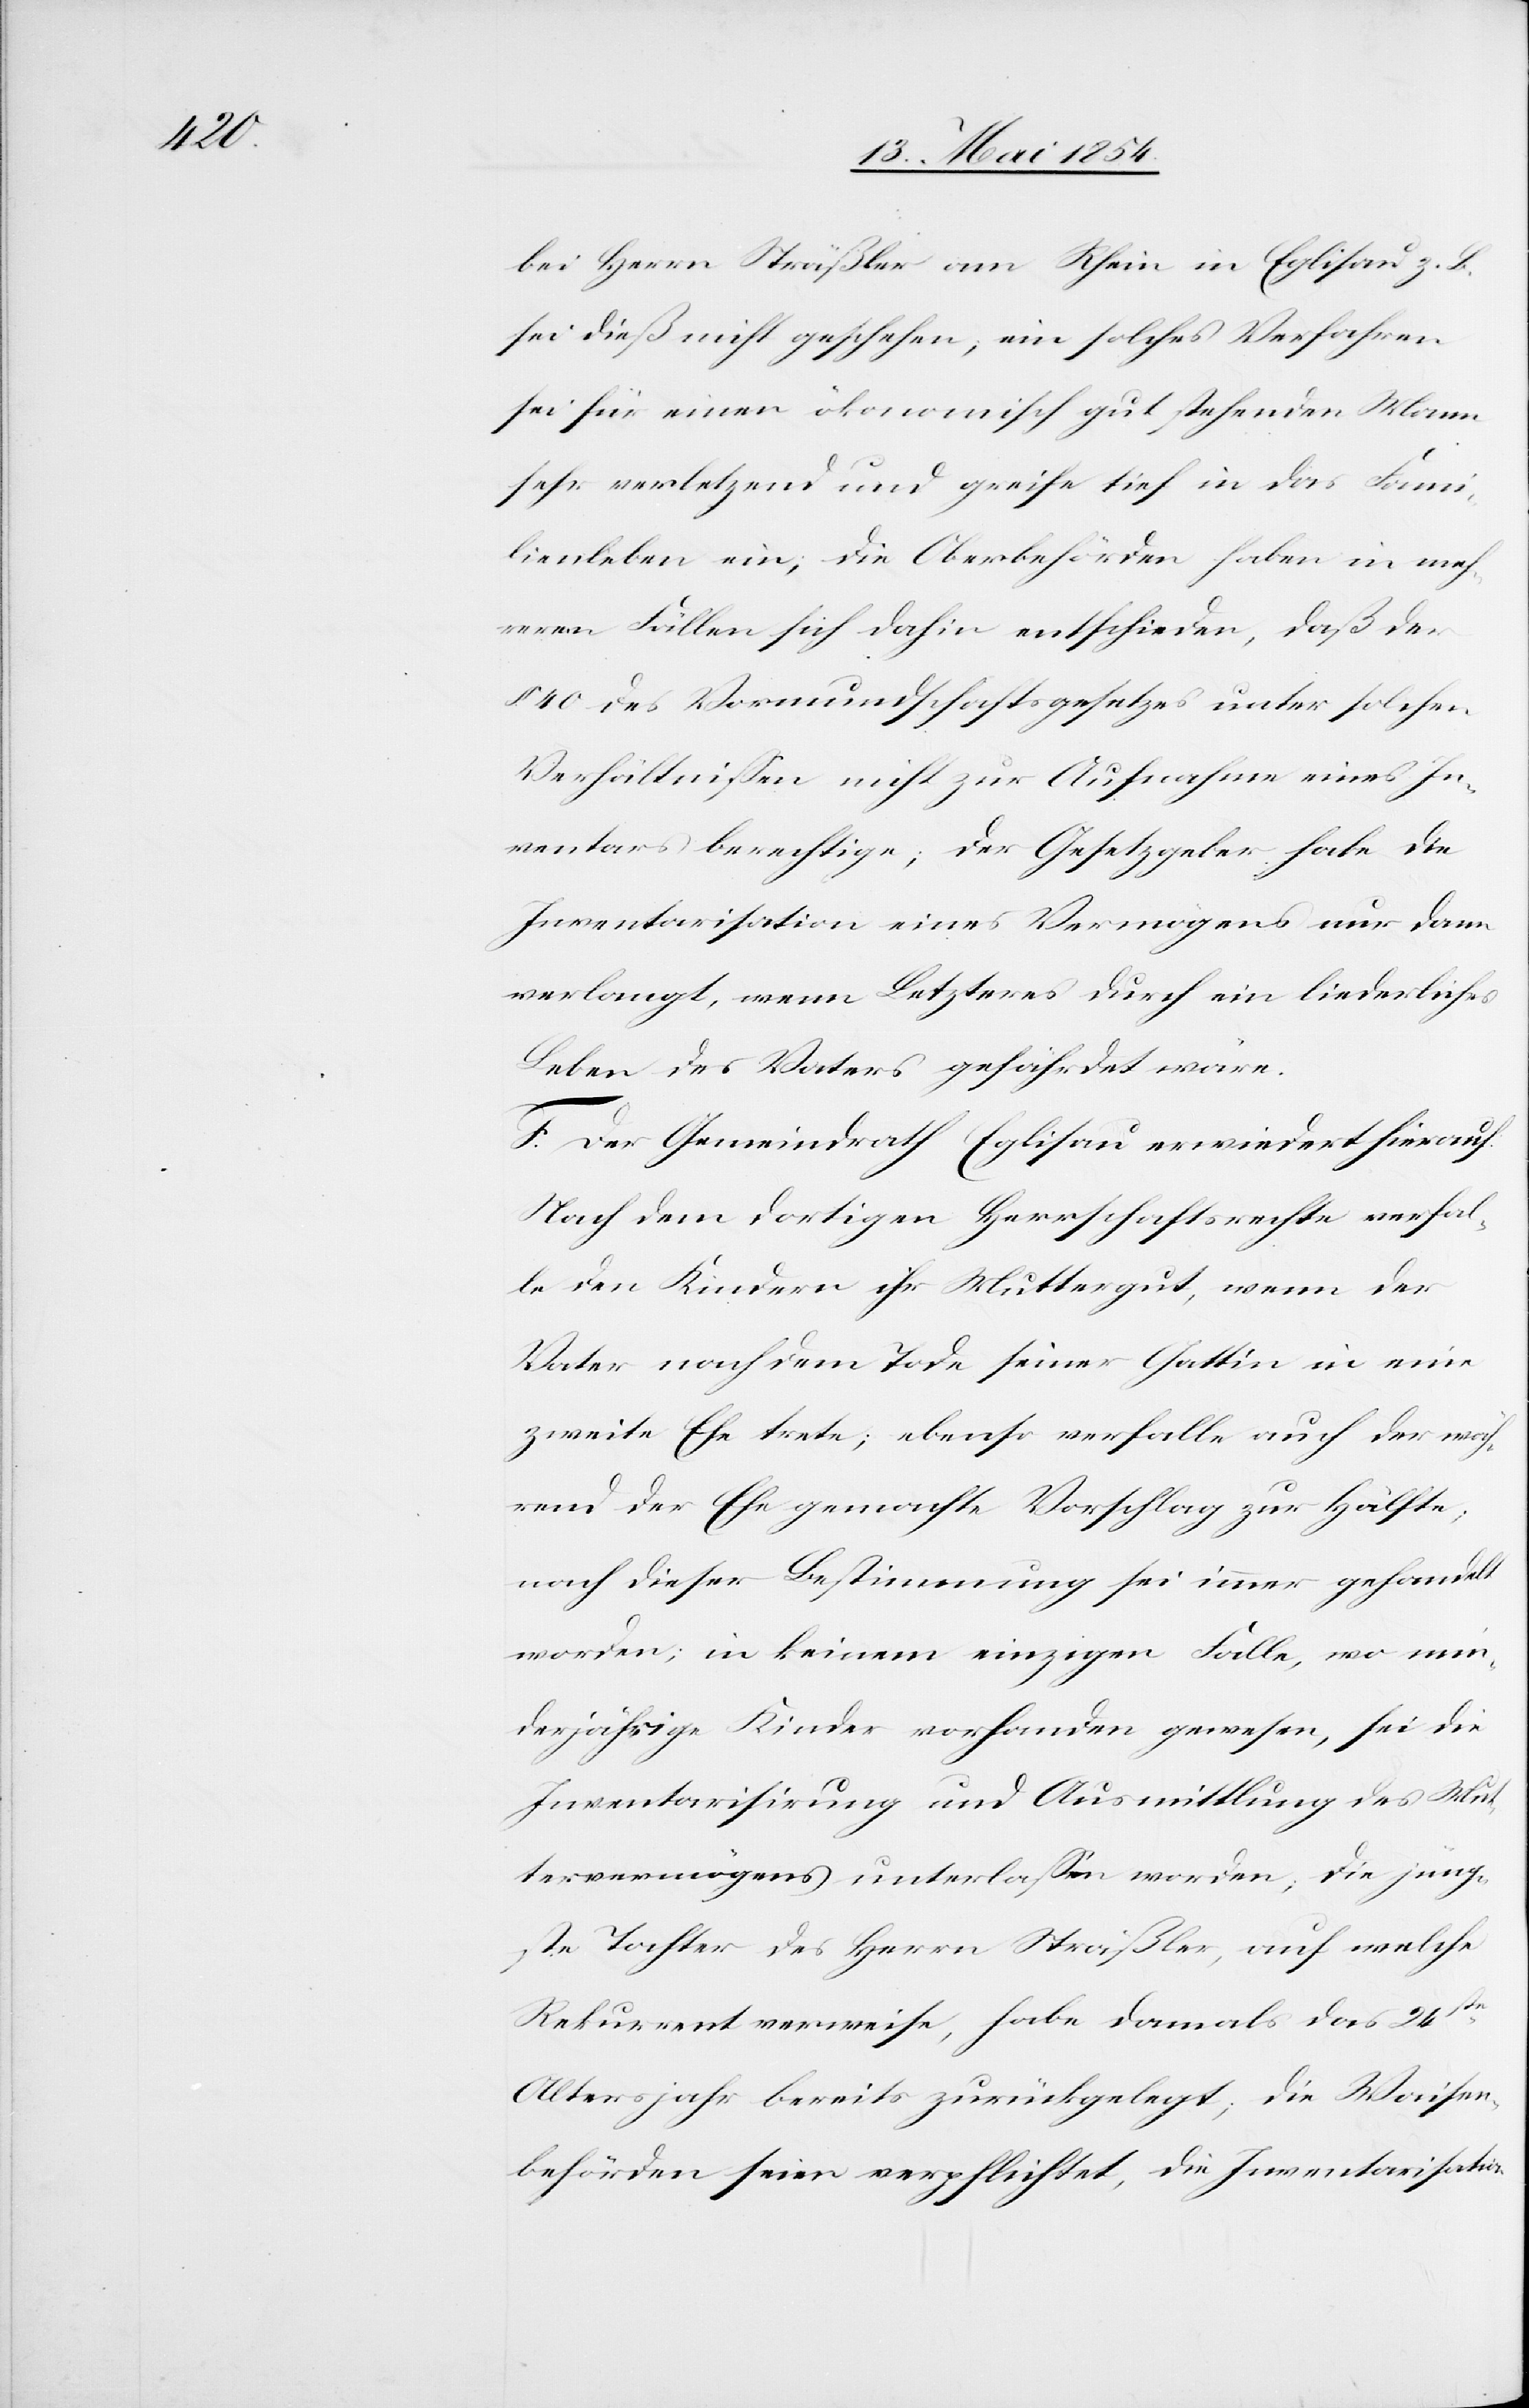
bei Herrn Sträßler am Rhein in Eglisau z. B.
sei dieß nicht geschehen; ein solches Verfahren
sei für einen ökonomisch gut stehenden Mann
sehr verletzend und greife tief in das Fami¬
lienleben ein; die Oberbehörden haben in meh¬
reren Fällen sich dahin entschieden, daß der
§ 40 des Vormundschaftsgesetzes unter solchen
Verhältnißen nicht zur Aufnahme eines In¬
ventars berechtige; der Gesetzgeber habe die
Inventarisation eines Vermögens nur dann
verlangt, wenn Letzteres durch ein liederliches
Leben des Vaters gefährdet wäre.
F. Der Gemeindrath Eglisau erwiedert hierauf:
Nach dem dortigen Herrschaftsrechte verfal¬
le den Kindern ihr Muttergut, wenn der
Vater nach dem Tode seiner Gattin in eine
zweite Ehe trete; ebenso verfalle auch der wäh¬
rend der Ehe gemachte Vorschlag zur Hälfte;
nach dieser Bestimmung sei immer gehandelt
worden; in keinem einzigen Falle, wo min¬
derjährige Kinder vorhanden gewesen, sei die
Inventarisirung und Ausmittlung des Mut¬
tervermögens unterlaßen worden; die jüng¬
ste Tochter des Herrn Sträßler, auf welche
Rekurrent verweise, habe damals das 24ste
Altersjahr bereits zurückgelegt; die Waisen¬
behörden seien verpflichtet, die Inventarisation